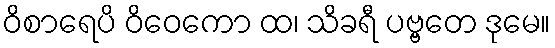
ဝိစာရေပိ ဝိဝေကော ထ၊ သိခရီ ပဗ္ဗတေ ဒုမေ။